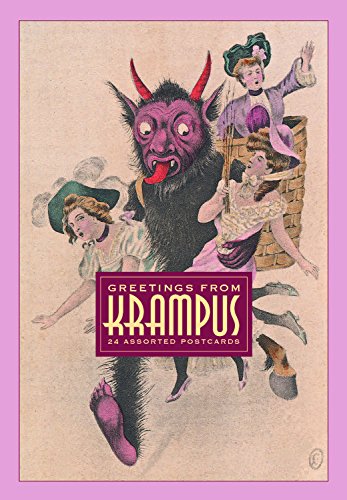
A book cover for Greetings From Krampus: 24 Assorted Postcards; Monte Beauchamp; Crafts, Hobbies & Home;